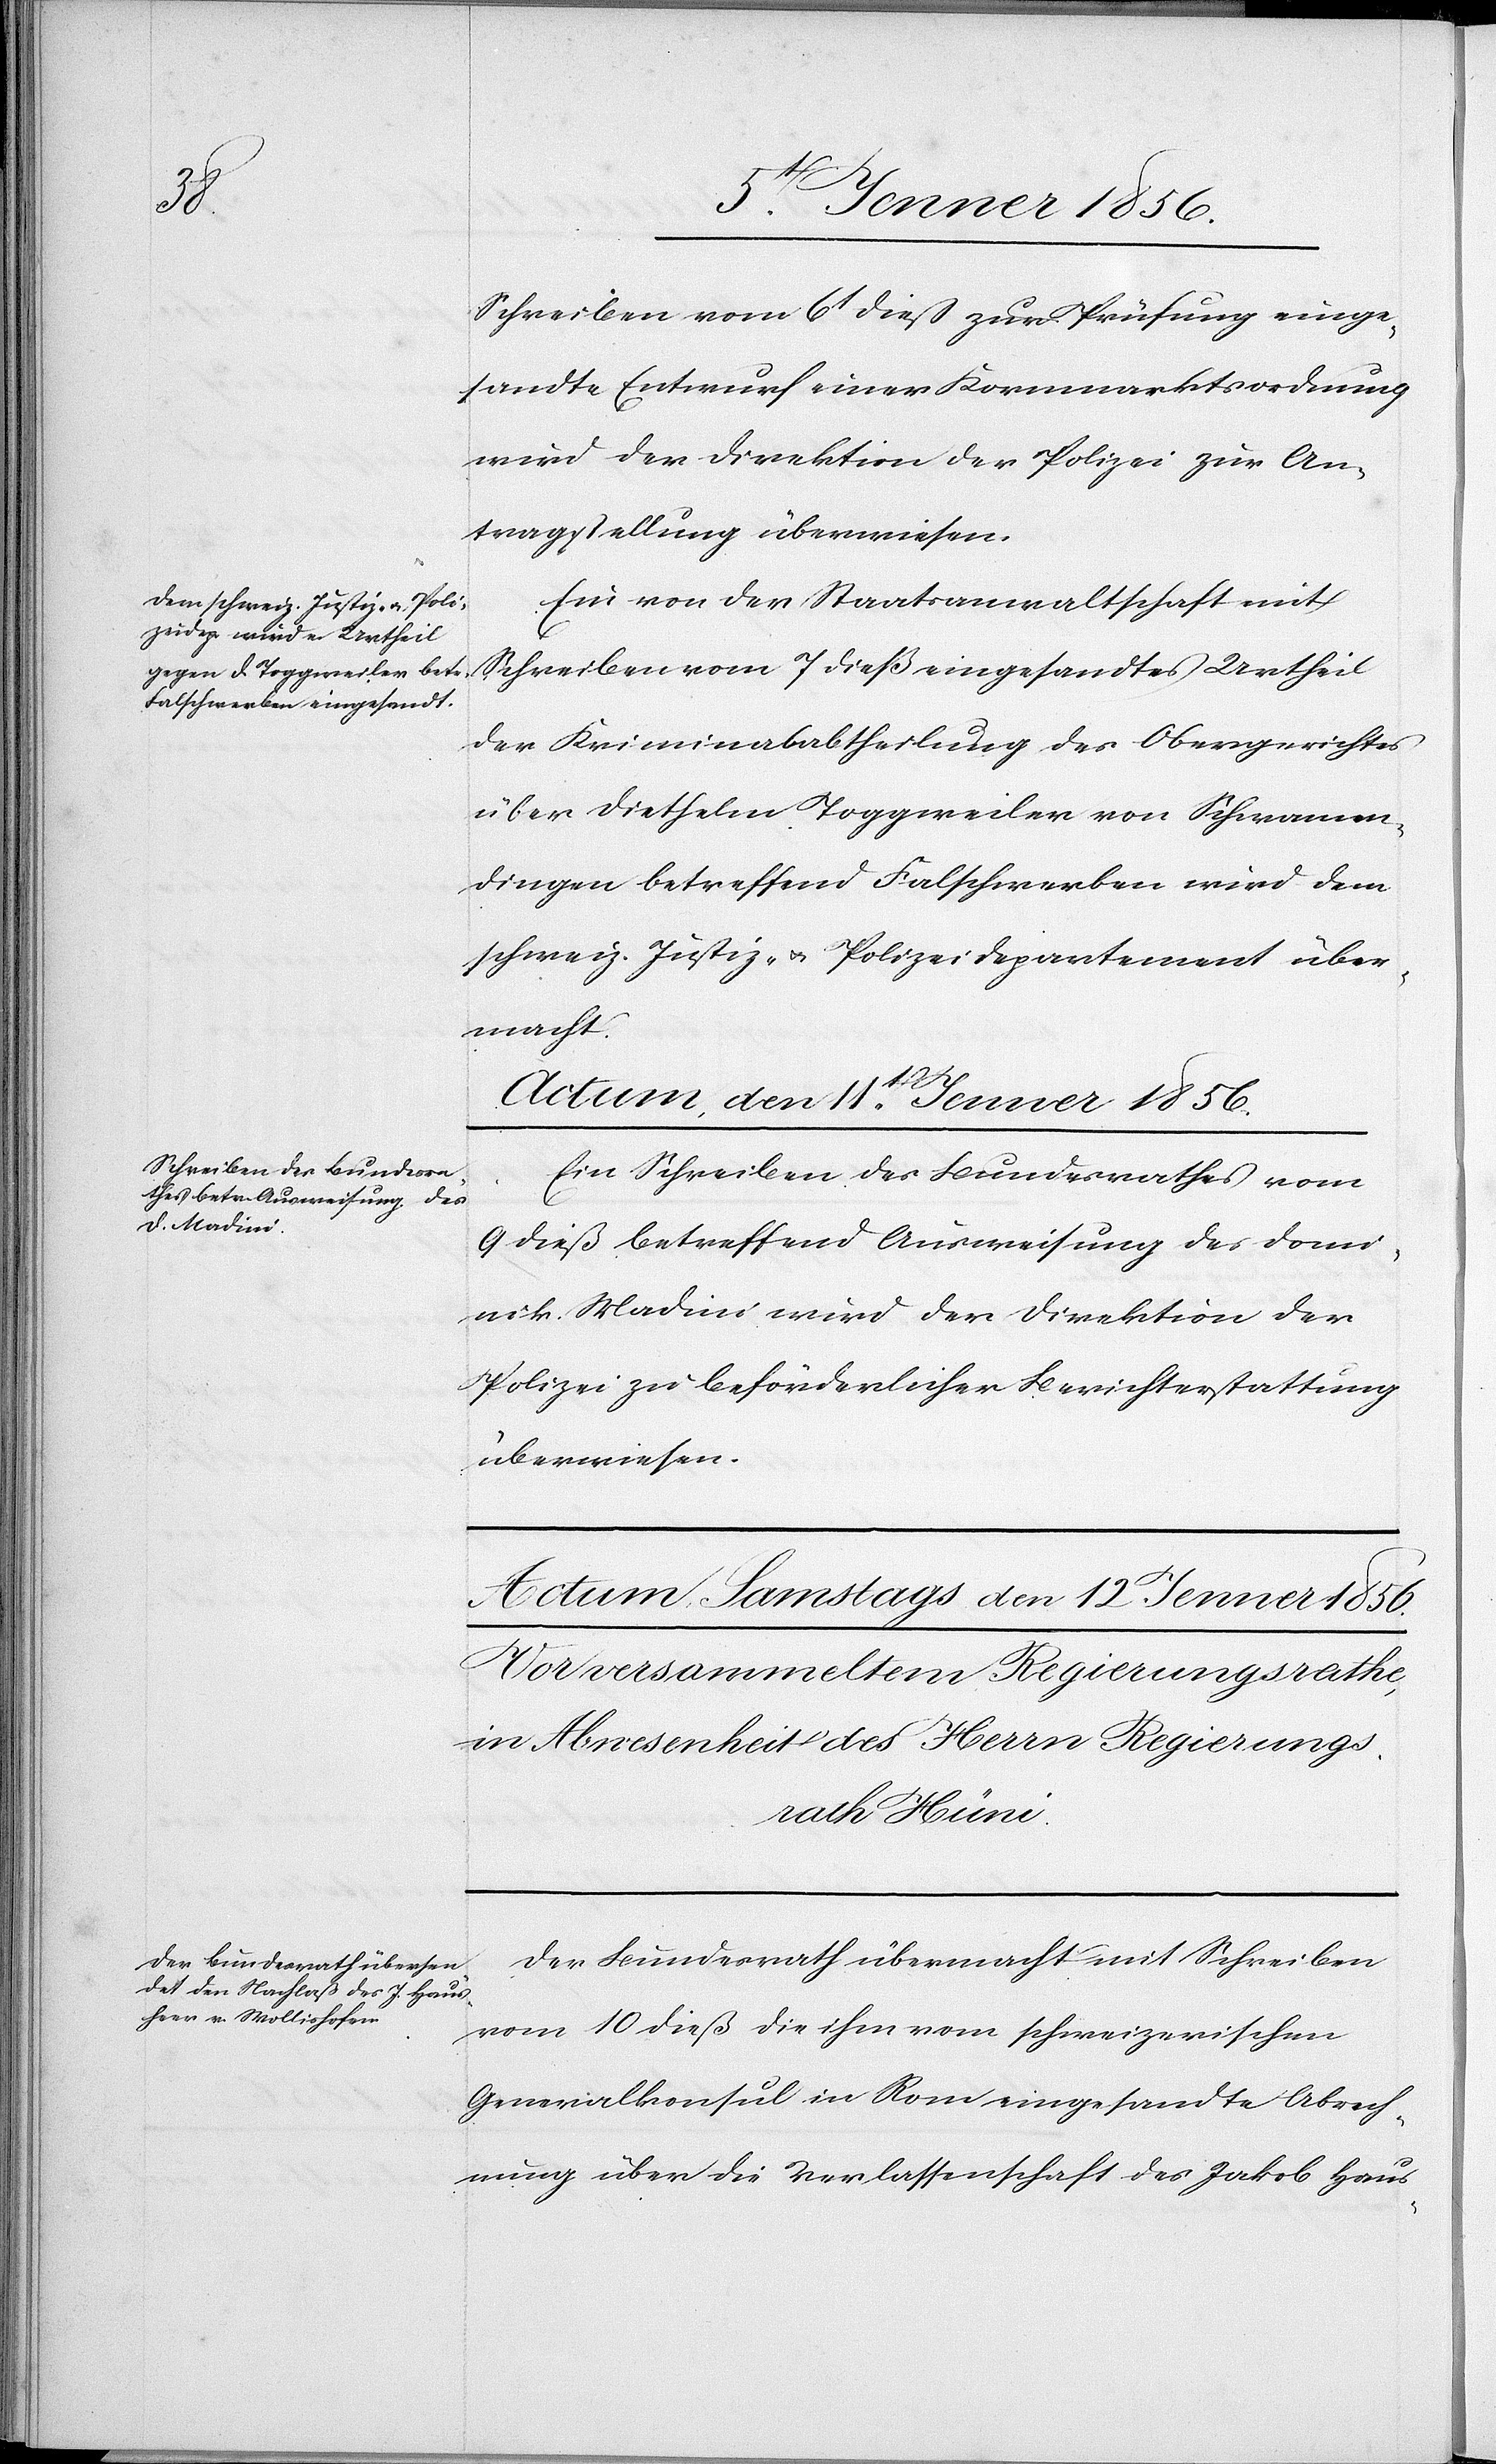
Schreiben vom 6t dieß zur Prüfung einge¬
sandte Entwurf einer Kornmarktsordnung
wird der Direktion der Polizei zur An¬
tragstellung überwiesen.
Ein von der Staatsanwaltschaft mit
Schreiben vom 7 dieß eingesandtes Urtheil
der Kriminalabtheilung des Obergerichtes
über Diethelm Toggweiler von Schwamen¬
dingen betreffend Falschwerben wird dem
schweiz. Justiz- u. Polizeidepartement über¬
macht.
Actum, den 11t Jenner 1856.
Ein Schreiben des Bundesrathes vom
9 dieß betreffend Ausweisung des Domi¬
nik Madini wird der Direktion der
Polizei zu beförderlicher Berichterstattung
überwiesen.
Der Bundesrath übermacht mit Schreiben
vom 10 dieß die ihm vom schweizerischen
Generalkonsul in Rom eingesandte Abrech¬
nung über die Verlassenschaft des Jakob Haus-